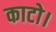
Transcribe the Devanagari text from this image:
काटो।